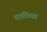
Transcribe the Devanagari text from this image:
पाटिलका